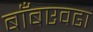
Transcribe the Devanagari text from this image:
बाँबएवढा